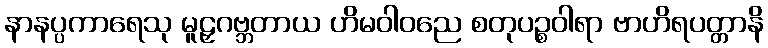
နာနပ္ပကာရေသု မူဠှဂဗ္ဘတာယ ဟိမဝါဝညေ စတုပဉ္စဝါရာ ဗာဟိရပတ္တာနိ